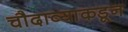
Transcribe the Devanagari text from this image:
चौदाव्याकडून